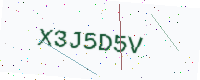
Text: X3J5D5V